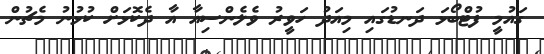
ގައުމީ ފުޓްބޯޅަ ދަނޑުގައި މިއަދު ހަވީރު ވެލެންސިއާ އާ ދެކޮޅަށް ކުޅުނު މެޗުން